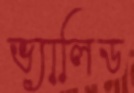
ভ্যালিড